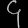
Digit: ၄